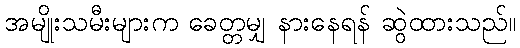
အမျိုးသမီးများက ခေတ္တမျှ နားနေရန် ဆွဲထားသည်။